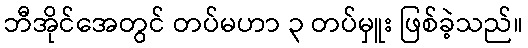
ဘီအိုင်အေတွင် တပ်မဟာ ၃ တပ်မှူး ဖြစ်ခဲ့သည်။